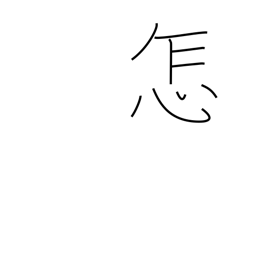
Meaning: how